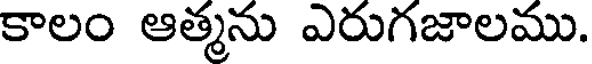
కాలం ఆత్మను ఎరుగజాలము.